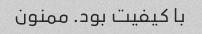
با کیفیت بود. ممنون